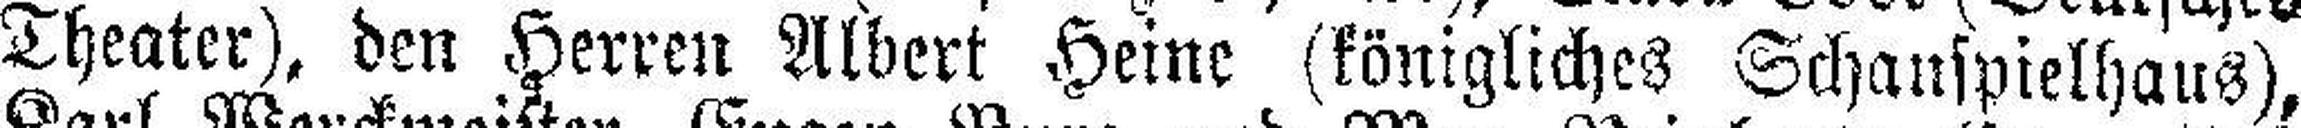
Theater), den Herren Albert Heine (königliches Schauspielhaus),